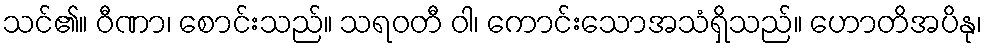
သင်၏။ ဝီဏာ၊ စောင်းသည်။ သရဝတီ ဝါ၊ ကောင်းသောအသံရှိသည်။ ဟောတိအပိနု၊